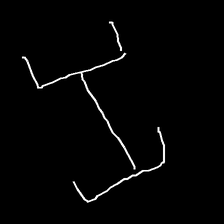
Glyph: entwine